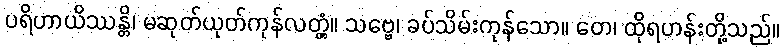
ပရိဟာယိဿန္တိ၊ မဆုတ်ယုတ်ကုန်လတ္တံ့။ သဗ္ဗေ၊ ခပ်သိမ်းကုန်သော။ တေ၊ ထိုရဟန်းတို့သည်။